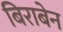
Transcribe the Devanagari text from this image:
बिराबेन